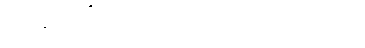
အက္ခော ဝိဘီတကော တီသု၊ အမတာ’မလကီ တိသု။